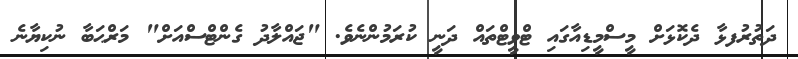
ދަތުރުފޅާ ދެކޮޅަށް މީސްމީޑިއާގައި ޓްވީޓްތައް ދަނީ ކުރަމުންނެވެ. "ޖައްލާދު ގެންޓްސްއަށް" މަރްޙަބާ ނުކިޔާނެ